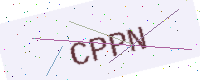
Text: CPPN